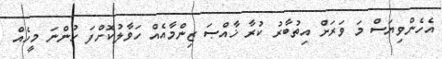
އެހެންވިޔަސް މަ ވަރަށް އިތުބާރު ކުރާ ޚާއްޞަ ޒިންމާއެއް ހަވާލުކޮށްފަ ހުންނަ މީހެއް